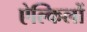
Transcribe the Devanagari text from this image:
ऐल्किलों